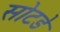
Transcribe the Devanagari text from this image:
सोटडे